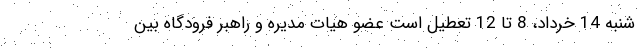
شنبه 14 خرداد، 8 تا 12 تعطیل است عضو هیات مدیره و راهبر فرودگاه بین